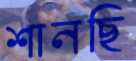
শানছি